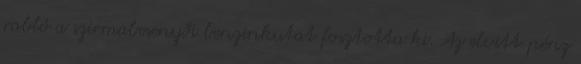
rabló a szirmabesenyői benzinkutat fosztotta ki. Az elvitt pénz